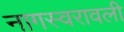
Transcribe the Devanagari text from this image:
नागस्वरावली